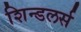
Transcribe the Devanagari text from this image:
शिन्डलर्स